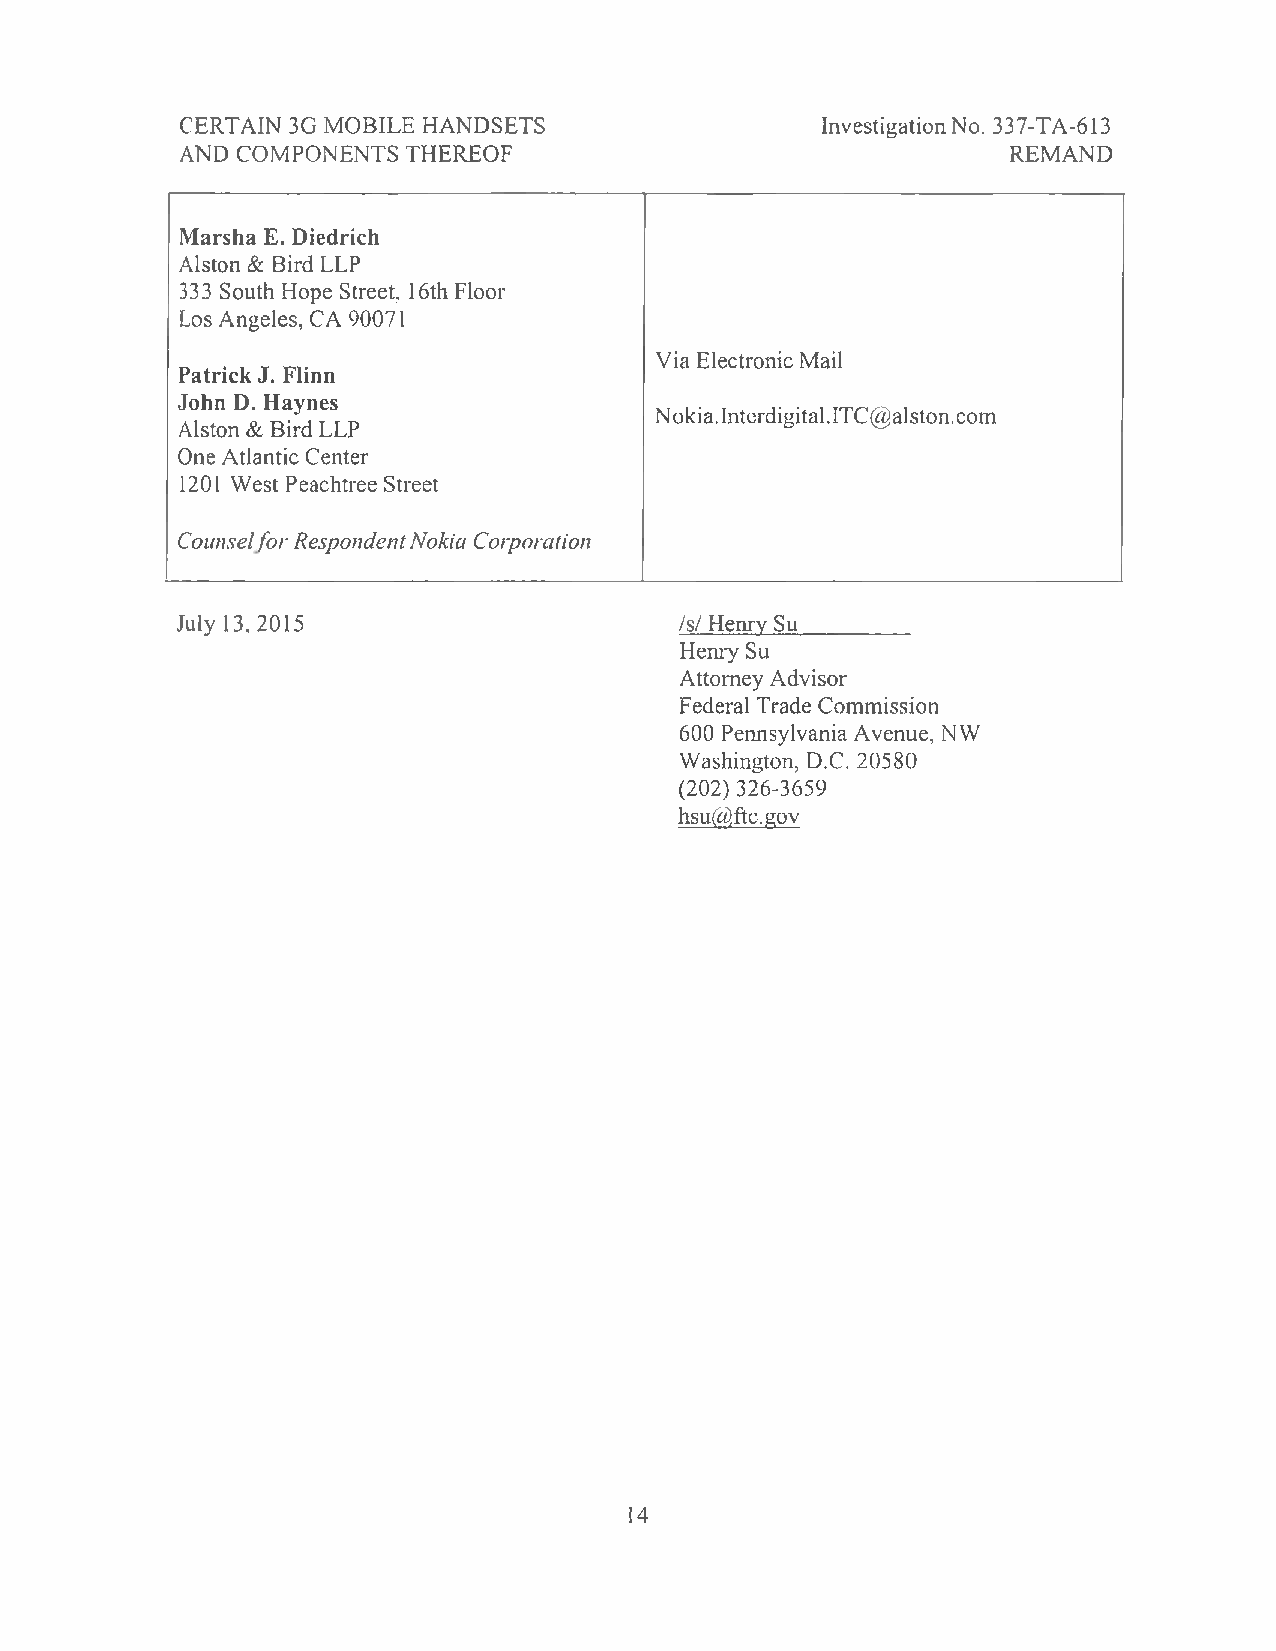
CERTAIN 3G MOBILE HANDSETS                Investigation No. 337-TA-613
 AND COMPONENTS THEREOF                                 REMAND
 Marsha E. Diedrich
 Alston & Bird LLP
 333 South Hope Street, 16th Floor
 Los Angeles, CA 90071
 Via Electronic Mail
 Patrick J. Flinn
 John D. Haynes
 Nokia. Interdigi tal. ITC@alston. com
 Alston & Bird LLP
 One Atlantic Center
 1201 West Peachtree Street
 Counsel.for Respondent Nokia Corporation
 July 13,2015                     Is/ Henry Su
 Henry Su
 Attorney Advisor
 Federal Trade Commission
 600 Pennsylvania A venue, NW
 Washington, D.C. 20580
 (202) 326-3659
 hsu@ftc.gov
 14